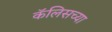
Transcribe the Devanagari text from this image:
कॅलिसच्या